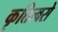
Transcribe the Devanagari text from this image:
कृत्तित्वसे